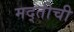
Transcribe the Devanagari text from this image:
मद्तीची